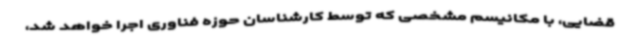
قضایی، با مکانیسم مشخصی که توسط کارشناسان حوزه فناوری اجرا خواهد شد،